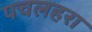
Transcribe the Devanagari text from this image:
पचलहरा